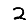
Digit: 2